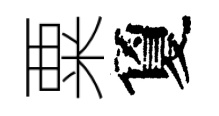
粟夐